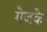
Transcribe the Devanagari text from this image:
गेजके